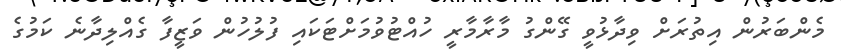
މެންބަރުން އިތުރަށް ވިދާޅުވީ ގޭންގު މާރާމާރީ ހުއްޓުވުމަށްޓަކައި ފުލުހުން ވަޒީފާ ގެއްލިދާނެ ކަމުގެ